King Institute of Preventive Medicine Bacteriolog. Section reports 1907-08
Year: 1907
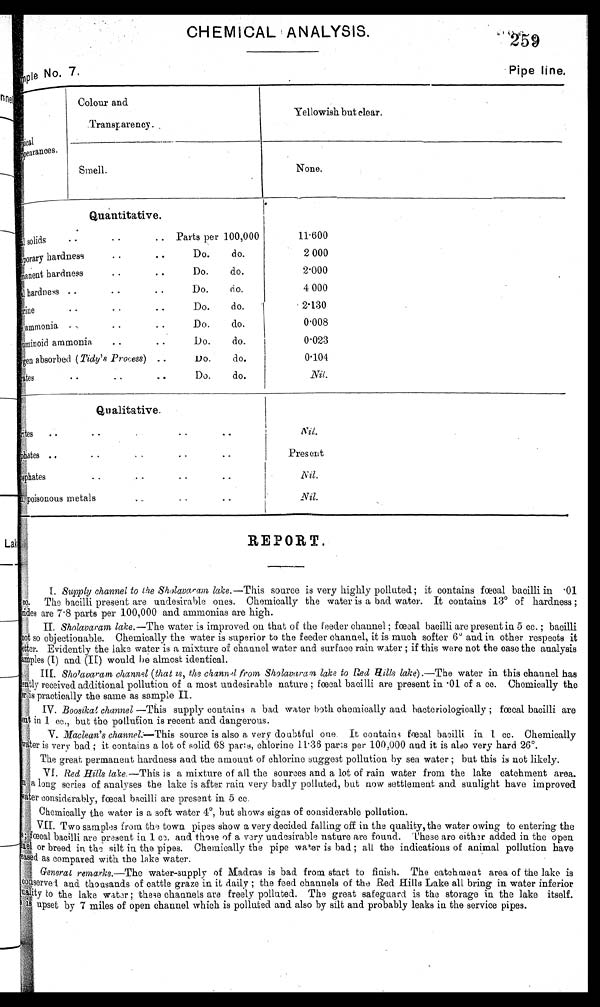
259
Pipe line,
CHEMICAL ANALYSIS.
Lie No. 7.
pysi cal
Appearances.
Colour and
.Transparency. .
Yellowish but clear.
Smell.
None.
11.600
2 000
2.000
4 000
2.130
0.008
0.023
0.104
N i l .
Quantitative.
,
• •
. . Parts per 100,000
Total solids
Temporary hardness .. .. Do. do.
Permanent hardness
..
• •
Do.
do.
a hardness ..
..
..
Do.
do.
brine
•
• •
• •
Do.
do.
ammonia
,
. -
• •
Do.
do.
Al u mi n i o d
ammonia.
• •
• •
Do.
do.
xygen absorbed (Tidy's Process) ..
Do.
do.
Titrates . .. .. Do. do.
Qualitative.
rites
. .
. .
.
. ,
..
Phoshates • • - • •
phasphates
..
• -
• •
poisonous metals...• •
• -
/Ca.
Pres ent
N i l .
Nil.
REPORT.
I. Supply channel to the Sholavaram lake.—This source is very highly polluted ; it contains foecal bacilli in •01
cc . The bacilli present are undesirable ones. Chemically the water is a bad. water. It contains 13° of hardness ;
are 7 . 8 parts per 100,000 and ammonias are high.
II. Sholavaram lake.--The water is improved on that of the feeder channel ; fœcal bacilli are present in 5 cc. ; bacilli
not so objectionable. Chemically the water is superior to the feeder channel, it is much softer 6° and in. other respects it
better. Evidently the lake water is a mixture of channel water and surface rain water ; if this were not the case the analysis
samples (I) and (II) would he almost identical.
III l. Sholavaram channel (that is, the channel from Sholavaram lake to Red Hills lake) .—The water in this channel has
dently received additional pollution of a most undesirable nature ; fœcal bacilli are present in •01 of a cc. Chemically the
is practically the same as sample II.
IV. Boosikal channel —This supply contains a bad water both chemically and bacteriologically ; foecal bacilli are
at in 1 cc , , but the pollution is recent and dangerous.
V . Maclean's channel.—This source is also a very doubtful one. It contains fœcal bacilli in 1 cc. Chemically
water is very bad ; it contains a lot of solid 68 parts, chlorine 11 .36 parts per 100,000 and it is also very hard 26°.
The great permanent hardness and the amount of chlorine suggest pollution by sea water ; but this is not likely.
VI. Red Hills lake.—This is a mixture of all the sources and a lot of rain water from the lake catchment area.
a long series of analyses the lake is after rain very badly polluted, but now settlement and sunlight have improved
considerably, fœcal bacilli are present in 5 cc.
Chemically the water is a soft water 4°, but shows signs of considerable pollution.
VII. Two samples from the town pipes show a very decided falling off in the quality, the water owing to entering the
fœcal bacilli are present in 1 cc. and those of a very undesirable nature are found. 'These are either added in the open
or breed in the silt in the pipes. Chemically the pipe water is bad ; alt the indications of animal pollution have
e a s e d
as compared with the lake water.
General remarks. —The water-supply of Madras is bad from start to finish. The catchment area of the lake is
conservel and thousands of cattle graze in it daily ; the feed channels of the Red Hills Lake all bring in water inferior
q u a l i t y t o t h e l a k e w a t e r ; t h e s e c h a n n e l s a r e f r e e l y p o l l u t e d . T h e g r e a t s a f e g u a r d i s t h e s t o r a g e i n t h e l a k e i t s e l f .
upset by 7 miles of open channel which is polluted and also by silt and probably leaks in the service pipes.